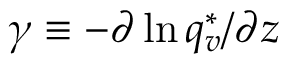
\gamma \equiv - \partial \ln q _ { v } ^ { * } / \partial z